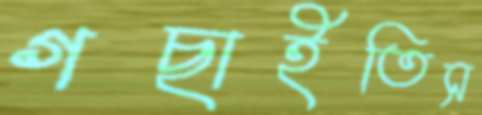
গছাইতিস